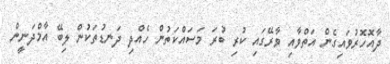
ދާއޮހޮރުވައިގެން އަތްވާއި ވާރޭގައި ކުރި ބުރަ މަސައްކަތުން ހެއްދި ދަނޑުތަކުން ލިބޭ އާމްދަނީން